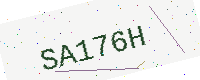
Text: SA176H